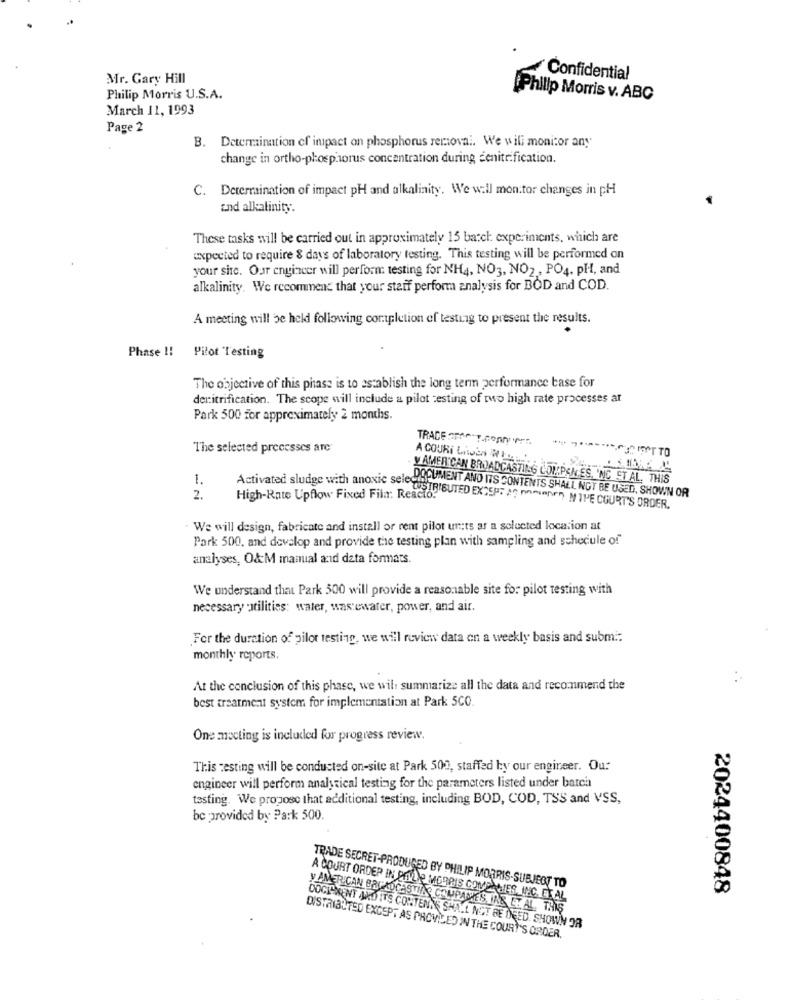
Mr. Gary Hill
Confidential
Philip Morris U.S.A.
Philip Morris v. ABC
March 11, 1993
Page 2
B. Determination of impact on phosphorus removal. We will monitor any
change in ortho-phosphorus concentration during denitrification.
C. Determination of impact pH and alkalinity. We will mon:tor changes in pH
and alkalinity.
These tasks will be carried out in approximately 15 batch experiments, which are
expected to require 8 days of laboratory testing. This testing will be performed on
your site. Our engincer will perform testing for NH4, NO3, NO2 ., PO4. PH, and
alkalinity. We recommend that your staff perform analysis for BOD and COD.
A meeting will be held following cortpletion of testing to present the results.
Phase !!
Pilot Testing
The objective of this phase is to establish the long term performance base for
denitrification. The scope will include a pilot testing of two high rate processes ar
Park 500 for approximately 2 months.
TRADE arne T.copryvrf.
The selected processes are
1.
Y AMERICAN BROADCASTING COMPAN ES, 'NC ET AL. THIS
2.
High-Rate Upflow Fixed Fila: Reacto.
DOCUMENT AND ITS CONTENTS SHALL NOT BE USED, SHOWN OR
Activated sludge with anoxic sere ISTRIBUTED EXCEPT Ag pompen THE COURT'S ORDER.
- We will design, fabricate and install or rent pilot un;ts ar a selected location at
Park 500, and develop and provide the testing plan with sampling and schedule of"
analyses, O&M manual and data formats
We understand that Park 500 will provide a reasonable site for pilot testing with
necessary :utilities: water, wastewater, power, and air.
For the duration of gilor testing, we will review data on a weekly basis and subm .:
monthly reports.
At the conclusion of this phase, we will summarize all the data and recommend the
best treatment system for implementation at Park 5CO
One mocting is included for progress review.
This testing will be conducted on-site at Park 500, staffed by our engineer. Ou:
engineer will perform analytical testing for the parameters listed under batch
testing. We propose that additional testing, including BOD, COD, TSS and VSS,
be provided by Park 500.
TRADE SECRET-PRODUCED BY PHILIP MORRIS-SUBJECT TO
2024400848
A COURT ORDER IN PHILIP MORRIS COME HER, INC. ET AL
y AMERICAN BAY ADCASTI CALYPACK SIAS LY AL THIS
DOGICKENT AND ITS CONTEN. SHALL NOT BE DEED. SHOWN OR
DISTRIBUTED EXCEPT AS PROVIDED IN THE COURT'S ORDER.